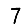
Digit: 7